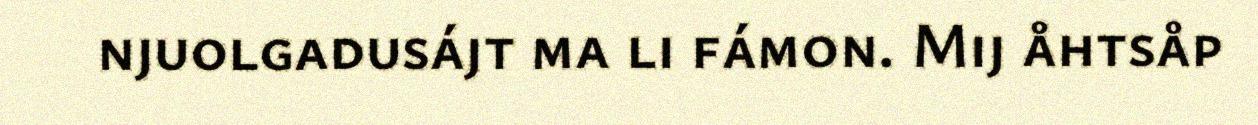
njuolgadusájt ma li fámon. Mij åhtsåp